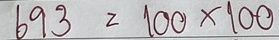
693 = 100x100